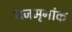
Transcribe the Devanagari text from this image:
राजमृगांक